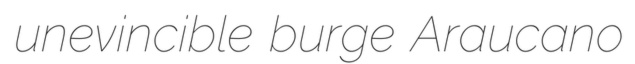
unevincible burge Araucano